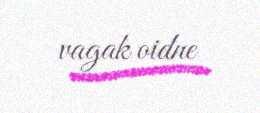
vagak oidne